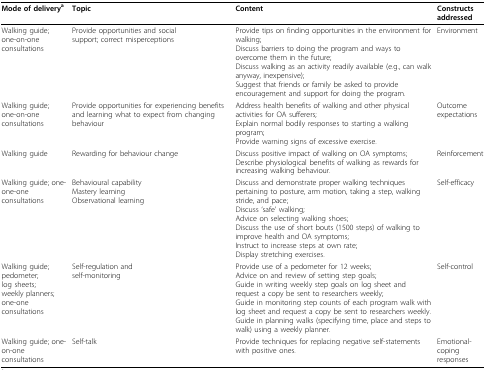
<table><thead><tr><td><b>Mode of delivery<sup>a</sup></b></td><td><b>Topic</b></td><td><b>Content</b></td><td><b>Constructs addressed</b></td></tr></thead><tbody><tr><td>Walking guide; one-on-one consultations</td><td>Provide opportunities and social support; correct misperceptions</td><td>Provide tips on finding opportunities in the environment for walking;Discuss barriers to doing the program and ways to overcome them in the future;Discuss walking as an activity readily available (e.g., can walk anyway, inexpensive);Suggest that friends or family be asked to provide encouragement and support for doing the program.</td><td>Environment</td></tr><tr><td>Walking guide; one-on-one consultations</td><td>Provide opportunities for experiencing benefits and learning what to expect from changing behaviour</td><td>Address health benefits of walking and other physical activities for OA sufferers;Explain normal bodily responses to starting a walking program;Provide warning signs of excessive exercise.</td><td>Outcome expectations</td></tr><tr><td>Walking guide</td><td>Rewarding for behaviour change</td><td>Discuss positive impact of walking on OA symptoms;Describe physiological benefits of walking as rewards for increasing walking behaviour.</td><td>Reinforcement</td></tr><tr><td>Walking guide; one-one-one consultations</td><td>Behavioural capabilityMastery learningObservational learning</td><td>Discuss and demonstrate proper walking techniques pertaining to posture, arm motion, taking a step, walking stride, and pace;Discuss &#x27;safe&#x27; walking;Advice on selecting walking shoes;Discuss the use of short bouts (1500 steps) of walking to improve health and OA symptoms;Instruct to increase steps at own rate;Display stretching exercises.</td><td>Self-efficacy</td></tr><tr><td>Walking guide; pedometer;log sheets;weekly planners; one-one consultations</td><td>Self-regulation andself-monitoring</td><td>Provide use of a pedometer for 12 weeks;Advice on and review of setting step goals;Guide in writing weekly step goals on log sheet and request a copy be sent to researchers weekly;Guide in monitoring step counts of each program walk with log sheet and request a copy be sent to researchers weekly.Guide in planning walks (specifying time, place and steps to walk) using a weekly planner.</td><td>Self-control</td></tr><tr><td>Walking guide; one-on-one consultations</td><td>Self-talk</td><td>Provide techniques for replacing negative self-statements with positive ones.</td><td>Emotional-coping responses</td></tr></tbody></table>